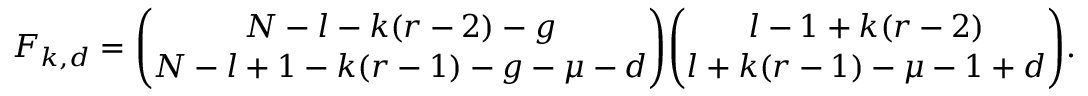
F _ { k , d } = { \binom { N - l - k ( r - 2 ) - g } { N - l + 1 - k ( r - 1 ) - g - \mu - d } } { \binom { l - 1 + k ( r - 2 ) } { l + k ( r - 1 ) - \mu - 1 + d } } .